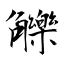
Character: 觻